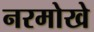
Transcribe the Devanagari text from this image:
नरमोखे